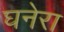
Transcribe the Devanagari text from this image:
घनेरा